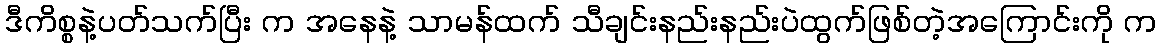
ဒီကိစ္စနဲ့ပတ်သက်ပြီး က အနေနဲ့ သာမန်ထက် သီချင်းနည်းနည်းပဲထွက်ဖြစ်တဲ့အကြောင်းကို က